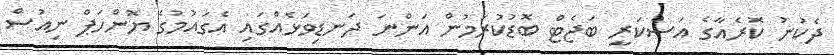
ދެކުނު ކޮރެއާގެ އަސްކަރީ ބަޖެޓް ބޮޑުކުރަމުން އަންނަ ދަނޑިވަޅެއްގައި އެގައުމުގެ ޔޮންހަޕް ނިއުސް